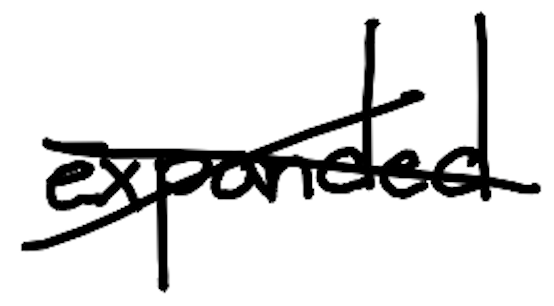
Text: expanded
Cross-out: cross
Writing tool: digital_black